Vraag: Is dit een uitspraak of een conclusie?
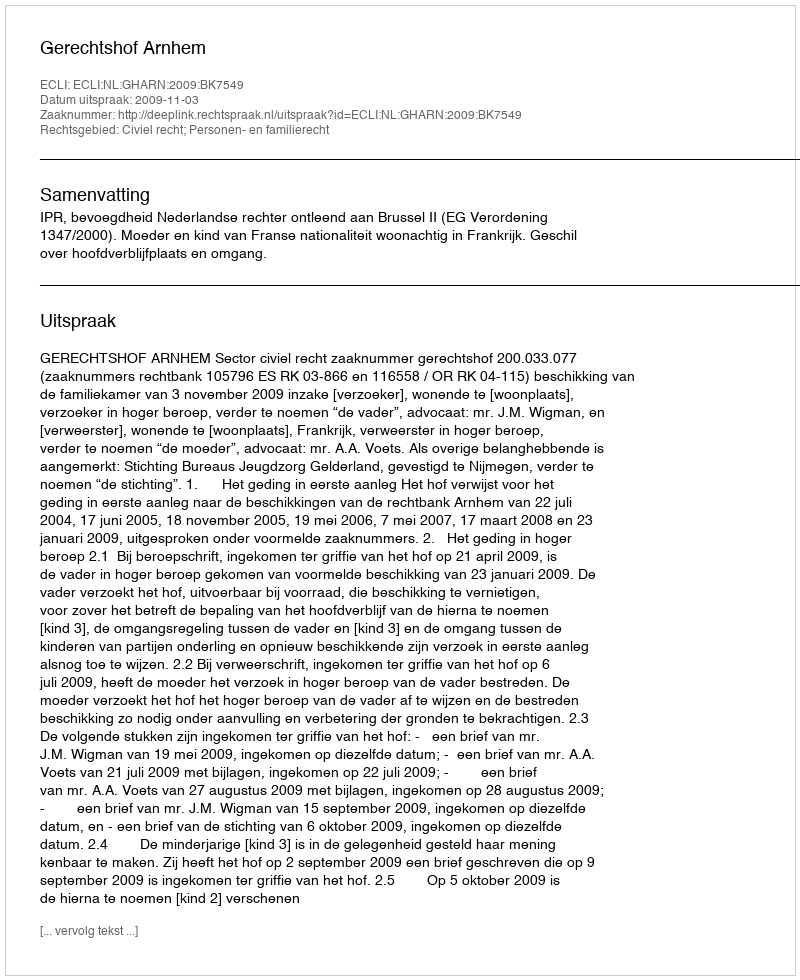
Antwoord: Uitspraak